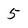
Character: 5